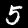
Digit: 5